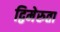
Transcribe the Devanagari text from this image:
द्विमेरुता